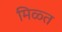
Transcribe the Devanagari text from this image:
मिळ्त